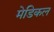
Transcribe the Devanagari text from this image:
मेडिकल